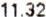
11.32